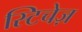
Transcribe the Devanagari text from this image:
स्टिचेज़